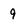
Character: 9